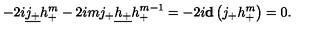
- 2 i \underline { { j _ { + } } } h _ { + } ^ { m } - 2 i m j _ { + } \underline { { h _ { + } } } h _ { + } ^ { m - 1 } = - 2 i { \bf d } \left( j _ { + } h _ { + } ^ { m } \right) = 0 .